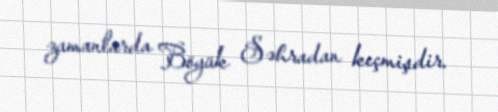
zamanlarda Böyük Səhradan keçmişdir.